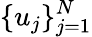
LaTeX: \{ u_{j}\} _{j=1}^{N}